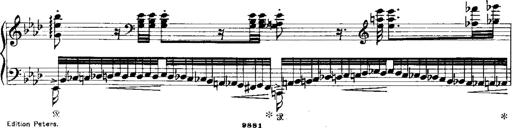
Title: Miserere du Trovatore
Composer: Franz Liszt